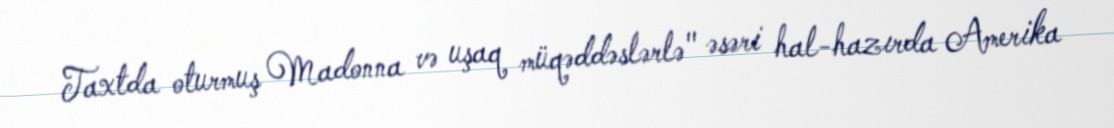
Taxtda oturmuş Madonna və uşaq müqəddəslərlə" əsəri hal-hazırda Amerika